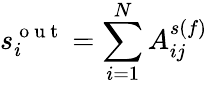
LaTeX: s_{i}^{\mathrm{~o~u~t~}}=\sum_{i=1}^{N}A_{ij}^{s(f)}